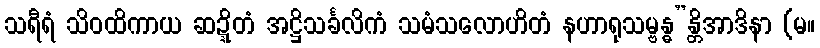
သရီရံ သိဝထိကာယ ဆဍ္ဍိတံ အဋ္ဌိသင်္ခလိကံ သမံသလောဟိတံ နဟာရုသမ္ဗန္ဓ”န္တိအာဒိနာ (မ။